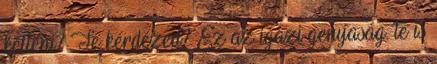
kelteni? Te kérdezed? Ez az igazi genyaság. te is